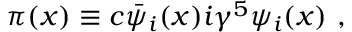
\pi ( x ) \equiv c \bar { \psi } _ { i } ( x ) i \gamma ^ { 5 } \psi _ { i } ( x ) ~ ,